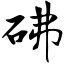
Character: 砩